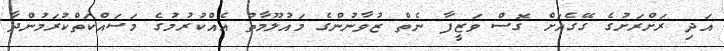
އަދި ރަށްރަށުގެ ގޭގެއަށް ގޮސް ވަޒީފާ ނެތް ޒުވާނުންގެ މައުލޫމާތު އެއްކުރުމުގެ މަސައްކަތްކުރަމުންދާ